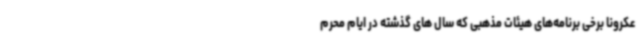
عکرونا برخی برنامه‌های هیئات مذهبی که سال های گذشته در ایام محرم